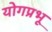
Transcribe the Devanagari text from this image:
योगप्रभू